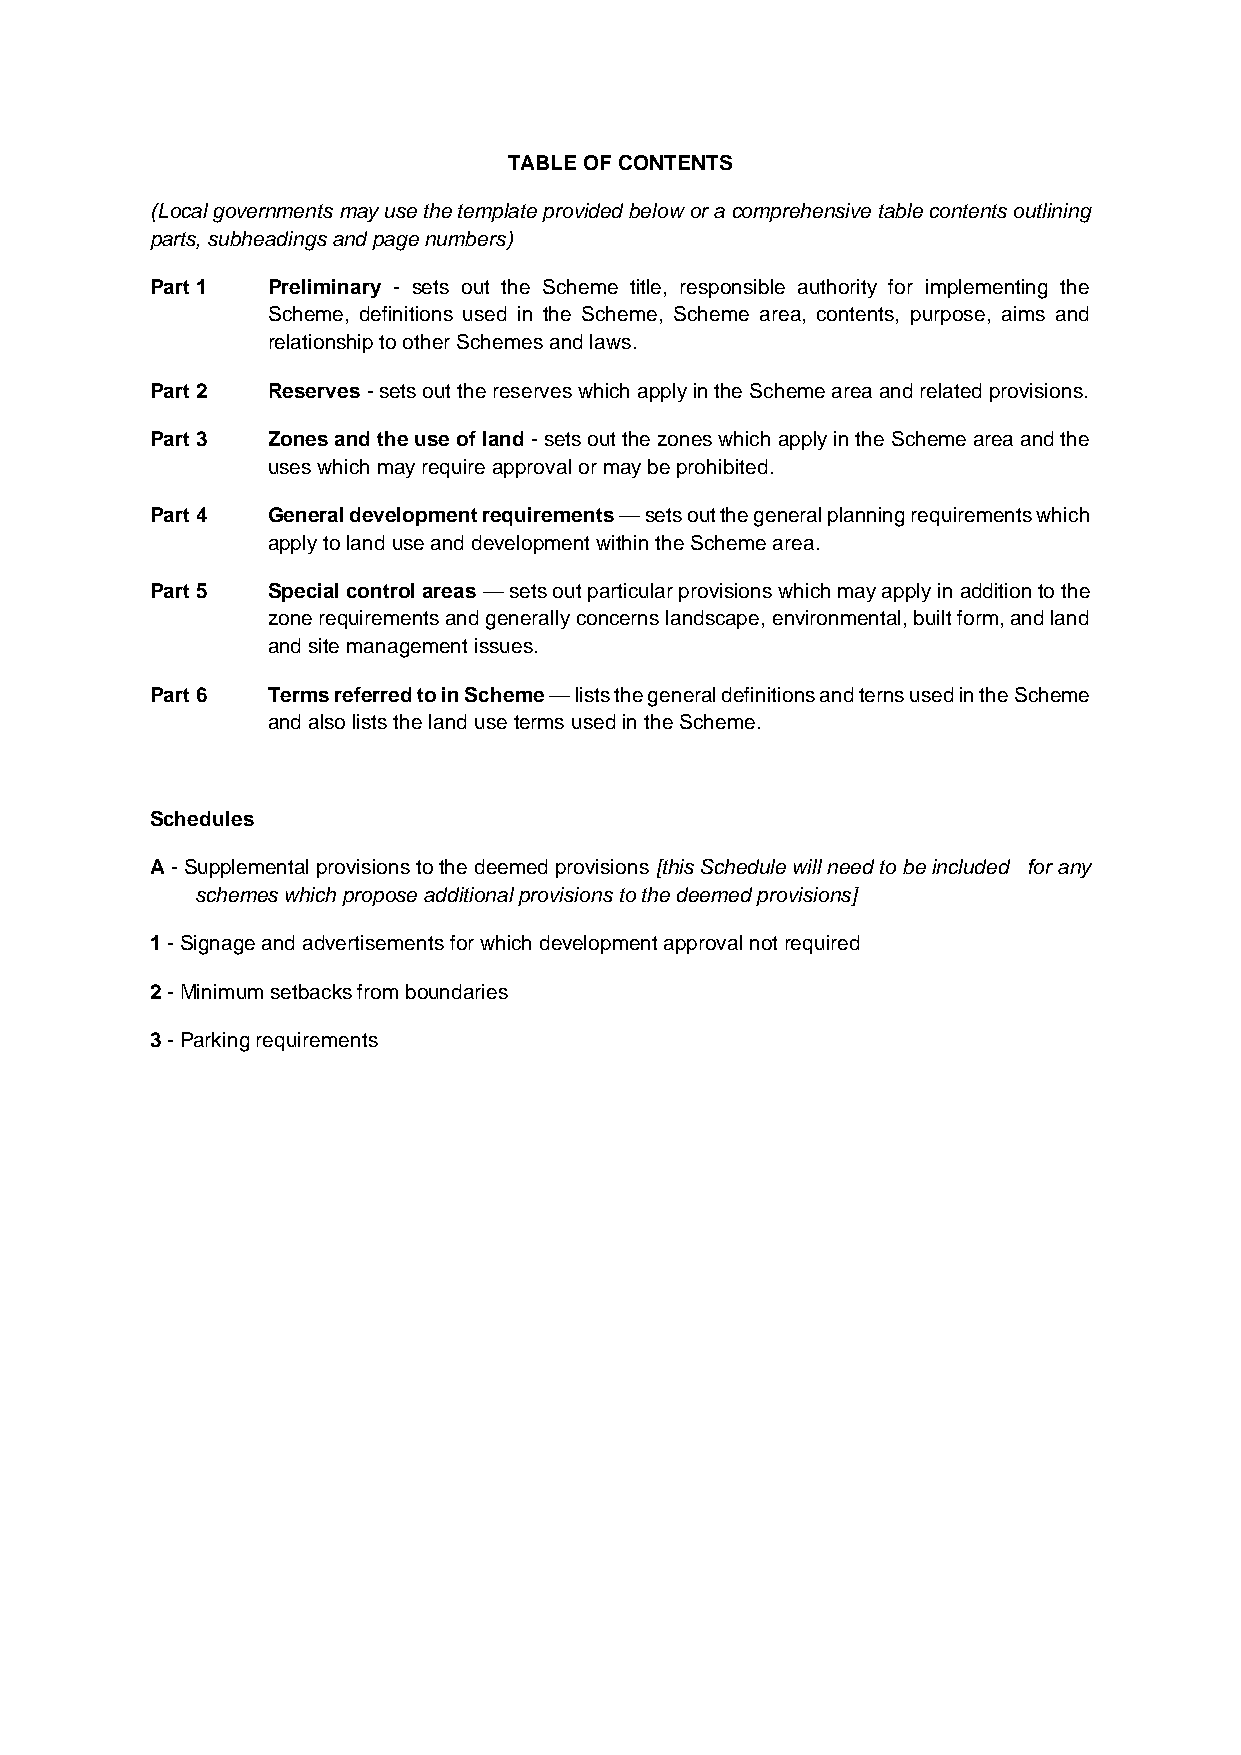
TABLE OF CONTENTS
 (Local governments may use the template provided below or a comprehensive table contents outlining
 parts, subheadings and page numbers)
 Part 1  Preliminary - sets out the Scheme title, responsible authority for implementing the
 Scheme, definitions used in the Scheme, Scheme area, contents, purpose, aims and
 relationship to other Schemes and laws.
 Part 2  Reserves - sets out the reserves which apply in the Scheme area and related provisions.
 Part 3  Zones and the use of land - sets out the zones which apply in the Scheme area and the
 uses which may require approval or may be prohibited.
 Part 4  General development requirements — sets out the general planning requirements which
 apply to land use and development within the Scheme area.
 Part 5  Special control areas — sets out particular provisions which may apply in addition to the
 zone requirements and generally concerns landscape, environmental, built form, and land
 and site management issues.
 Part 6  Terms referred to in Scheme — lists the general definitions and terns used in the Scheme
 and also lists the land use terms used in the Scheme.
 Schedules
 A - Supplemental provisions to the deemed provisions [this Schedule will need to be included for any
 schemes which propose additional provisions to the deemed provisions]
 1 - Signage and advertisements for which development approval not required
 2 - Minimum setbacks from boundaries
 3 - Parking requirements